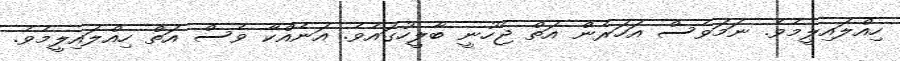
ހިއްލައިލީމެވެ. ނަމަވެސް އަހަރެން އަތް ޖެހުނީ ބާލީހުގައެވެ. އަނެއްކާ ވެސް އަތް ހިއްލައިލީމެވެ.